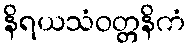
နိရယသံဝတ္တနိကံ